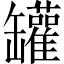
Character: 罐